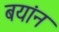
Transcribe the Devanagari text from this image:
बयांन